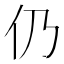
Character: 仍